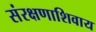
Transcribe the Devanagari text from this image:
संरक्षणाशिवाय